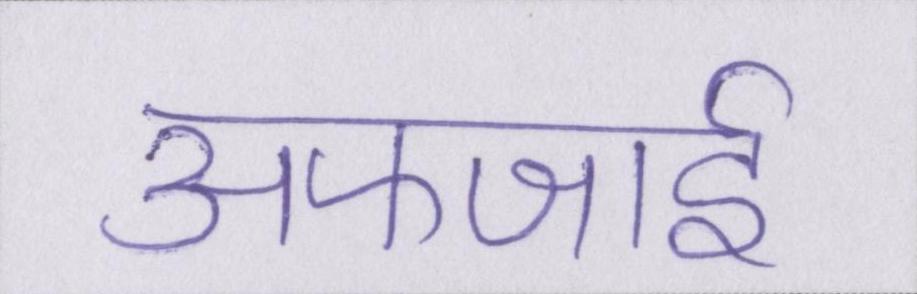
अफजाई